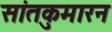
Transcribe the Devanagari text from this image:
सांतकुमारन